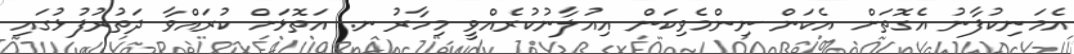
އެމަނިކުފާނު އެގޮތަށް އެކަން ނިންމެވިކަން އިއުލާނުކުރެއްވީ މިހާރު ނ. އަތޮޅަށް ކުރައްވާ ދަތުރުފުޅުގައި